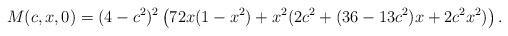
LaTeX: \begin{align*}M(c,x,0)=(4-c^2)^2\left(72x(1-x^2)+x^2(2c^2+(36-13c^2)x+2c^2x^2)\right).\end{align*}